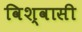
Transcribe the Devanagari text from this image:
विश्‍वासी